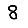
Digit: 8